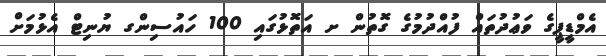
އެމްޑީޕީގެ ވަޢުދުތައް ފުއްދުމުގެ ގޮތުން ށ އަތޮޅުގައި 100 ހައުސިންގ ޔުނިޓް އެޅުމަށް